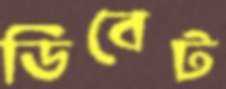
ডিবেট